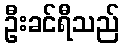
ဦးခင်ရီသည်